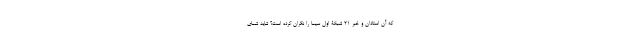
که آن استادان و خبر 21 شبکۀ اول سیما را نگران کرده است؟ شاید شمای